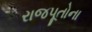
રાજપૂતોના